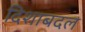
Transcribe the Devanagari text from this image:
दिशाबदल